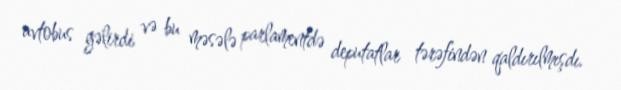
avtobus gəlirdi və bu məsələ parlamentdə deputatlar tərəfindən qaldırılmışdı.